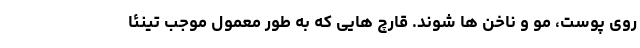
روی پوست، مو و ناخن ها شوند. قارچ هایی که به طور معمول موجب تینئا